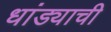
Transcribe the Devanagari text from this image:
धांड्याची